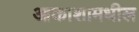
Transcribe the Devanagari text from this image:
आकाशामधील